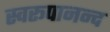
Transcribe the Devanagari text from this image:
स्वरूपानन्द